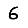
Digit: 6